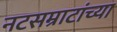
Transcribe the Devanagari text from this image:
नटसम्राटांच्या